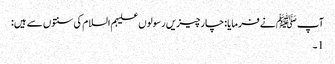
آپﷺ نے فرمایا: چارچیزیں رسولوں علیہم السلام کی سنتوں سے ہیں:
1۔